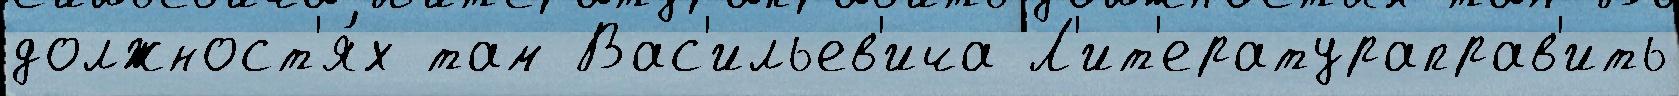
должност'я́х там Вас'ильев'ича Л'ит'ератураправ'ить